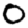
Digit: 0